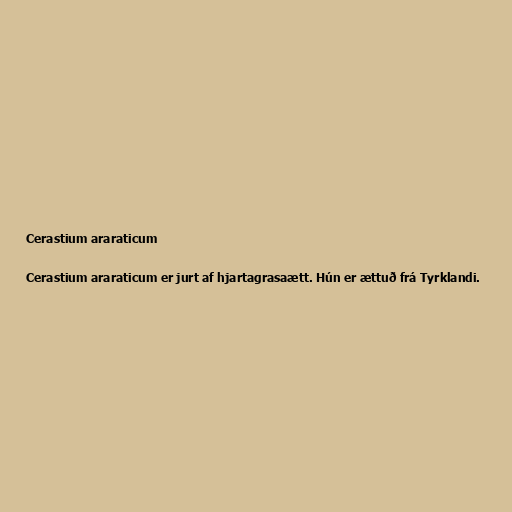
Cerastium araraticum

Cerastium araraticum er jurt af hjartagrasaætt. Hún er ættuð frá Tyrklandi.